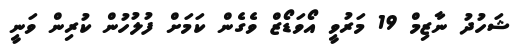
ޝަހުދު ނާޒިމް 19 މަރުވީ އޯވަޑޯޒް ވެގެން ކަމަށް ފުލުހުން ކުރިން ވަނީ